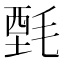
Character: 𰚤